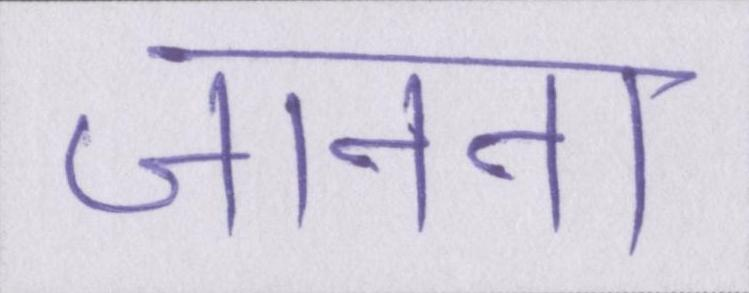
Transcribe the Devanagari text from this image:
जानना